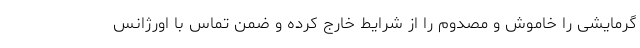
گرمایشی را خاموش و مصدوم را از شرایط خارج کرده و ضمن تماس با اورژانس